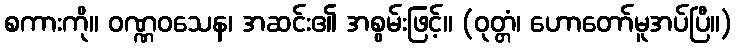
စကားကို။ ဝဏ္ဏဝသေန၊ အဆင်း၏ အစွမ်းဖြင့်။ (ဝုတ္တံ၊ ဟောတော်မူအပ်ပြီ။)